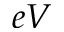
e V